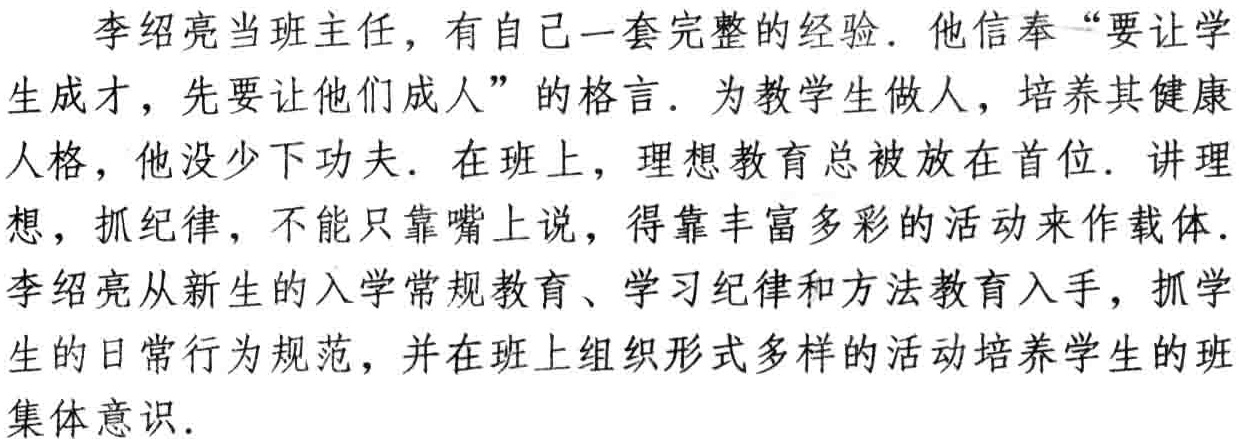
李绍亮当班主任，有自己一套完整的经验. 他信奉“要让学生成才，先要让他们成人”的格言. 为教学生做人，培养其健康人格，他没少下功夫. 在班上，理想教育总被放在首位. 讲理想，抓纪律，不能只靠嘴上说，得靠丰富多彩的活动来作载体. 李绍亮从新生的入学常规教育、学习纪律和方法教育入手，抓学生的日常行为规范，并在班上组织形式多样的活动培养学生的班集体意识.